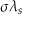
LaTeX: \sigma \lambda _ { s }